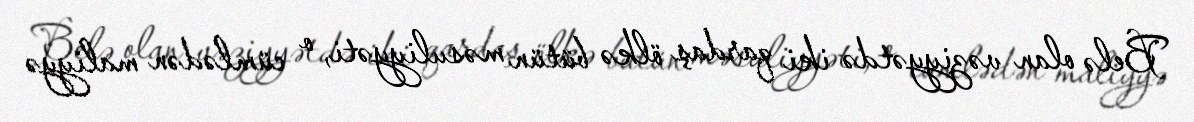
Belə olan vəziyyətdə iki qardaş ölkə bütün məsuliyyəti, o cümlədən maliyyə